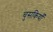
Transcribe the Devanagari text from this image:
चुसकियाँ